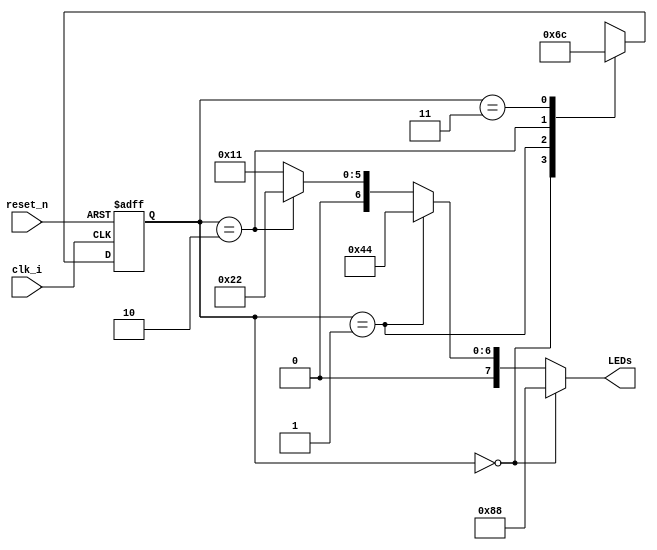
module state_machine( //example of a Moore type state machine
	input clk_i,
	input reset_n,
	
	output reg [7:0] LEDs
		);
		
		//state and next state registers
		reg [1:0] state;
		reg [1:0] state_n;
		
		//each possible value of the state register is given a unique name for easier use later
		parameter S0 = 2'b00;
		parameter S1 = 2'b01;
		parameter S2 = 2'b10;
		parameter S3 = 2'b11;

		//asynchronous reset will set the state to the start, S0, otherwise, the state is changed on the positive edge of the clock signal
		always @ (posedge clk_i, negedge reset_n)
			begin
				if(!reset_n)
					state = S0;
				else
					state = state_n;

			end

		//this section defines what the next state should be for each possible state. in this implementation, it simply rotates through each state automatically
		always @ (*)
			begin
				case(state)
					S0: state_n = S1;
					S1: state_n = S2;
					S2: state_n = S3;
					S3:	state_n = S0;
					
					default: state_n = S0;
				endcase
			end
		
		//this is the output definition section of the state machine. outputs are based on which state the state machine is currently on
		//hex values are used for the LEDs since there are 8 of them and hex values are an effective way of represiting this size
		//numbers are represented by the number of bits (not digits!), an apostrophe, the base system, then the value
		//common bases are binary, b, octal, o, decimal, d, hexadecimal, h
		always @ (*)
			begin
				if(state == S0)
					LEDs = 8'h88;
				else if(state == S1)
					LEDs = 8'h44;
				else if(state == S2)
					LEDs = 8'h22;
				else
					LEDs = 8'h11;
			end
		
		
endmodule